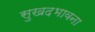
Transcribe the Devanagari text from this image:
सुखदभावना